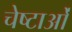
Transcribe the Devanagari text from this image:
चेष्‍टाओं